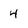
Character: 4